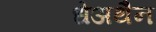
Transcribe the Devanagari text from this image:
धेअथैन